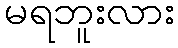
မရဘူးလား